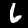
Digit: 6